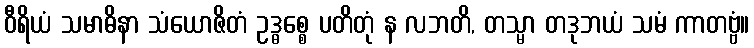
ဝီရိယံ သမာဓိနာ သံယောဇိတံ ဥဒ္ဓစ္စေ ပတိတုံ န လဘတိ, တသ္မာ တဒုဘယံ သမံ ကာတဗ္ဗံ။